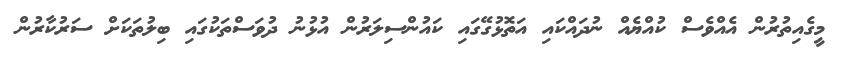
މީގެއިތުރުން އެއްވެސް ކުއްޔެއް ނުދައްކައި އަތޮޅުގޭގައި ކައުންސިލަރުން އުޅުނު ދުވަސްތަކުގައި ބިލުތަކަށް ސަރުކާރުން